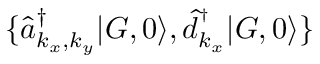
\{ \hat { a } _ { { k _ { x } , k _ { y } } } ^ { \dagger } | G , 0 \rangle , \hat { d } _ { k _ { x } } ^ { ^ \dagger } | G , 0 \rangle \}